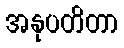
အနုပတိတာ